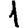
Digit: 1